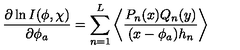
\frac { \partial \ln I ( \phi , \chi ) } { \partial \phi _ { a } } = \sum _ { n = 1 } ^ { L } \left\langle \frac { P _ { n } ( x ) Q _ { n } ( y ) } { ( x - \phi _ { a } ) h _ { n } } \right\rangle